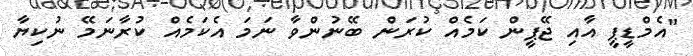
"އެމްޑީޕީ އާއި ޖޭޕީން ކަމެއް ކުރަން ބޭނުންވާ ނަމަ އެކަމެއް ކުރާނަމޭ ނުކިޔާ